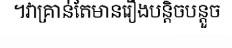
។វាគ្រាន់តែមានរឿងបន្តិចបន្តួច